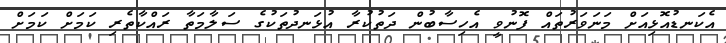
އެކަނޑުއޮޅިއަށް މަނަވަރުތައް ފޮނުވީ އެހިސާބުން ދަތުކުރާ އުޅަނދުތަކުގެ ސަލާމަތާ ރައްކާތެރި ކަމަށް ކަމަށް